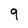
Character: 9